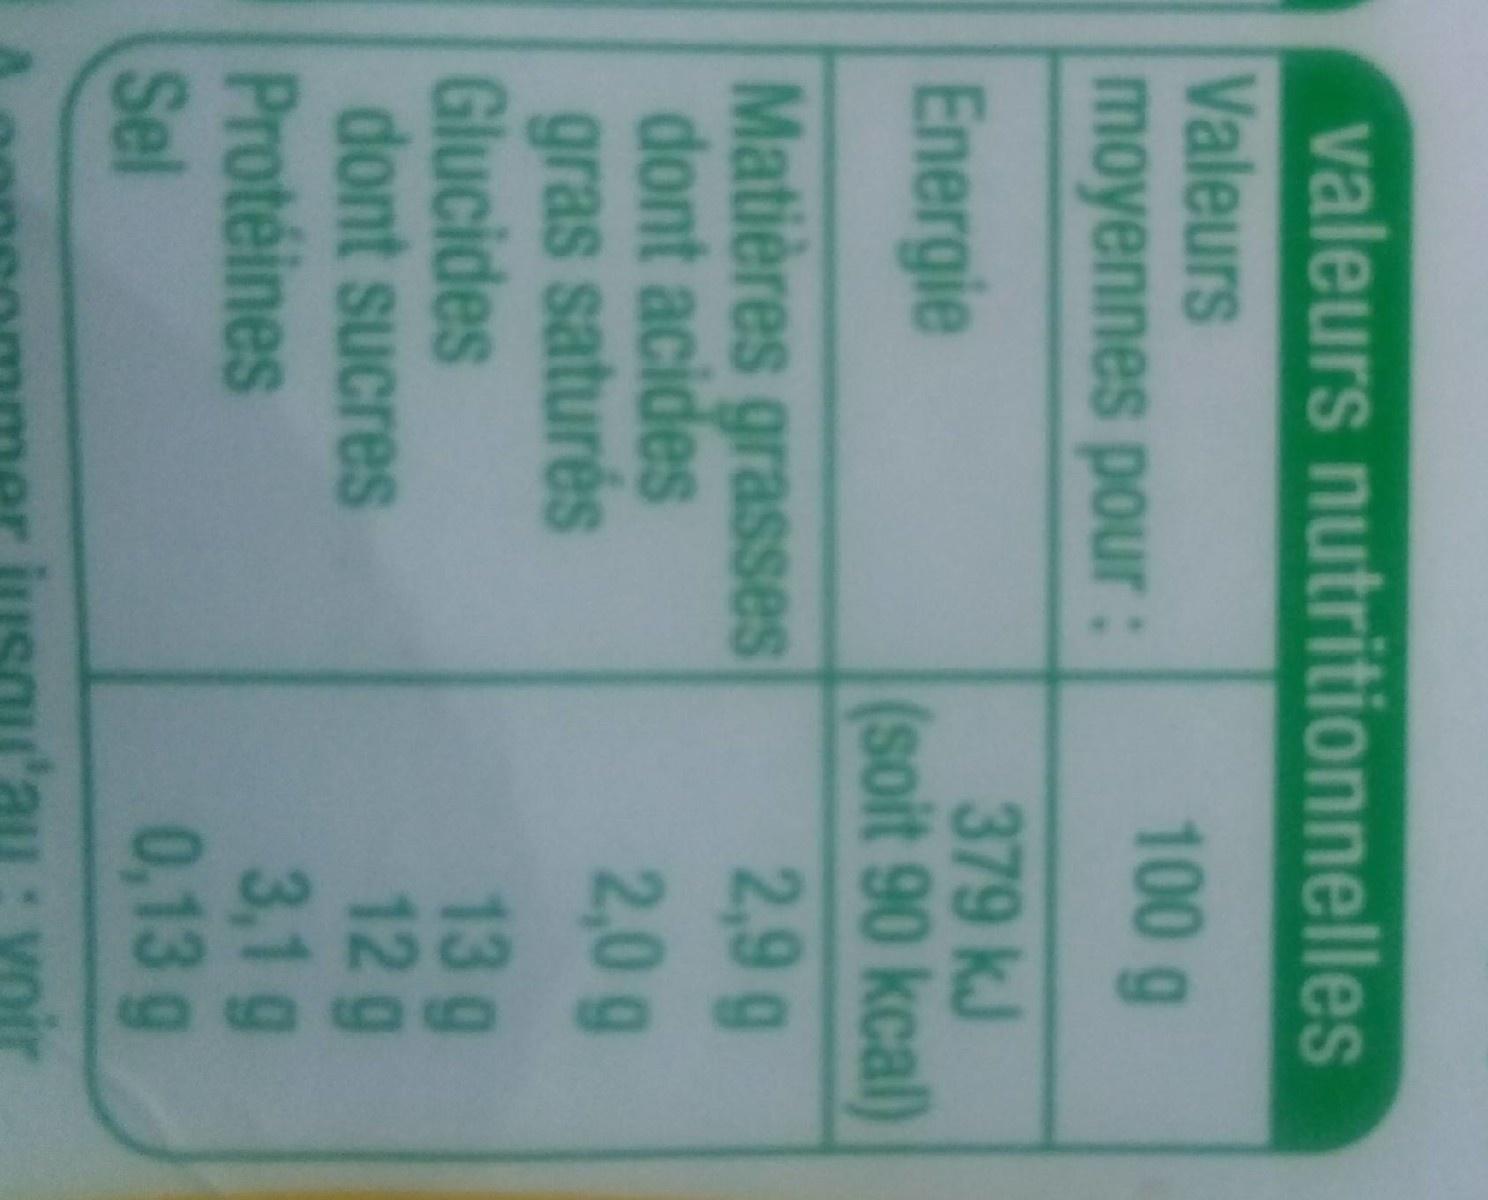
valeurs nutritionnelles Valeurs moyennes pour : 100 g 379 kJ soit 90 kcal) 2,9 9 Energie Matières grasses dont acides gras saturés Glucides dont sucres 2,0g 13 9 12 g 3,1 g 0,13 g Proteines Sel